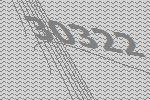
30322